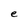
Character: e